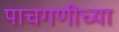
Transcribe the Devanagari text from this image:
पाचगणीच्या